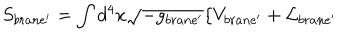
S _ { b r a n e ^ { \prime } } = \int d ^ { 4 } x \sqrt { - g _ { b r a n e ^ { \prime } } } \{ V _ { b r a n e ^ { \prime } } + { \cal L } _ { b r a n e ^ { \prime } }